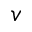
v